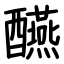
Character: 醼